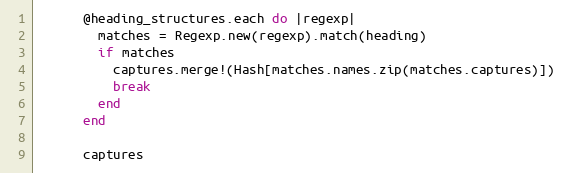
Language: Ruby
      @heading_structures.each do |regexp|
        matches = Regexp.new(regexp).match(heading)
        if matches
          captures.merge!(Hash[matches.names.zip(matches.captures)])
          break
        end
      end

      captures